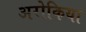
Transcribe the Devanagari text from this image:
अरोकिया